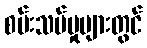
စမ်းသပ်မှုများတွင်